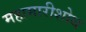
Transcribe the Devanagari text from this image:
महामारीशोथ